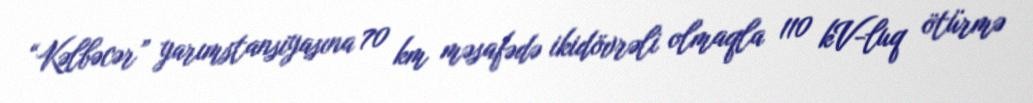
“Kəlbəcər” yarımstansiyasına 70 km məsafədə ikidövrəli olmaqla 110 kV-luq ötürmə